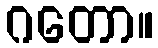
ဂတော။